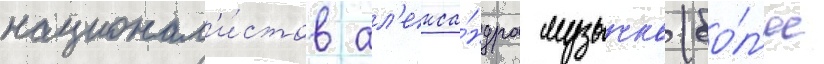
национал'и́стов ал'екса́ндра музычко (бо́л'ее